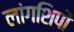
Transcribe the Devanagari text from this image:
लांगशिपों